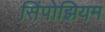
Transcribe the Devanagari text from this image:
सिंपोझियम